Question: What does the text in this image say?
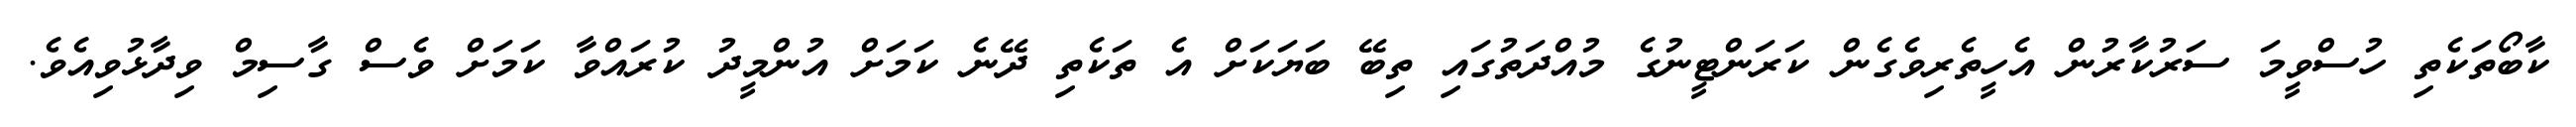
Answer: ކާބޯތަކެތި ހުސްވީމަ ސަރުކާރުން އެހީތެރިވެގެން ކަރަންޓީނުގެ މުއްދަތުގައި ތިބޭ ބަޔަކަށް އެ ތަކެތި ދޭނެ ކަމަށް އުންމީދު ކުރައްވާ ކަމަށް ވެސް ގާސިމް ވިދާޅުވިއެވެ.